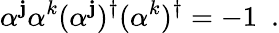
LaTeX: \alpha^{\mathbf{j}}\alpha^{k}(\alpha^{\mathbf{j}})^{\dagger}(\alpha^{k})^{\dagger}=-1~~.